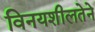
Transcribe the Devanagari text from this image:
विनयशीलतेने